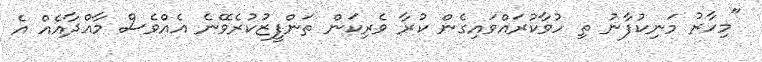
"މިހާރު މަނިކުފާނު ތި ހުވާކުރައްވައިގެން ކުރާ ވެރިކަން ތަންފީޒުކުރެވޭނެ އެއްވެސް މާއްދާއެއް އެ